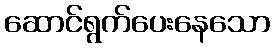
ဆောင်ရွက်ပေးနေသော